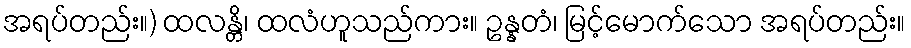
အရပ်တည်း။) ထလန္တိ၊ ထလံဟူသည်ကား။ ဥန္နတံ၊ မြင့်မောက်သော အရပ်တည်း။